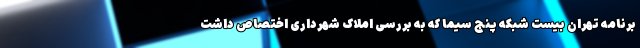
برنامه تهران بیست شبکه پنج سیما که به بررسی املاک شهرداری اختصاص داشت